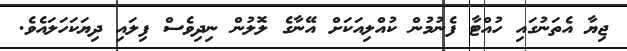
ޖިޔާ އެތަނުގައި ހުއްޓާ ފެނުމުން ކުއްލިއަކަށް އޭނާގެ ލޮލުން ނިދިވެސް ފިލައި ދިޔަކަހަލައެވެ.